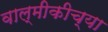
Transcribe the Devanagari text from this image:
वाल्मीकीच्या